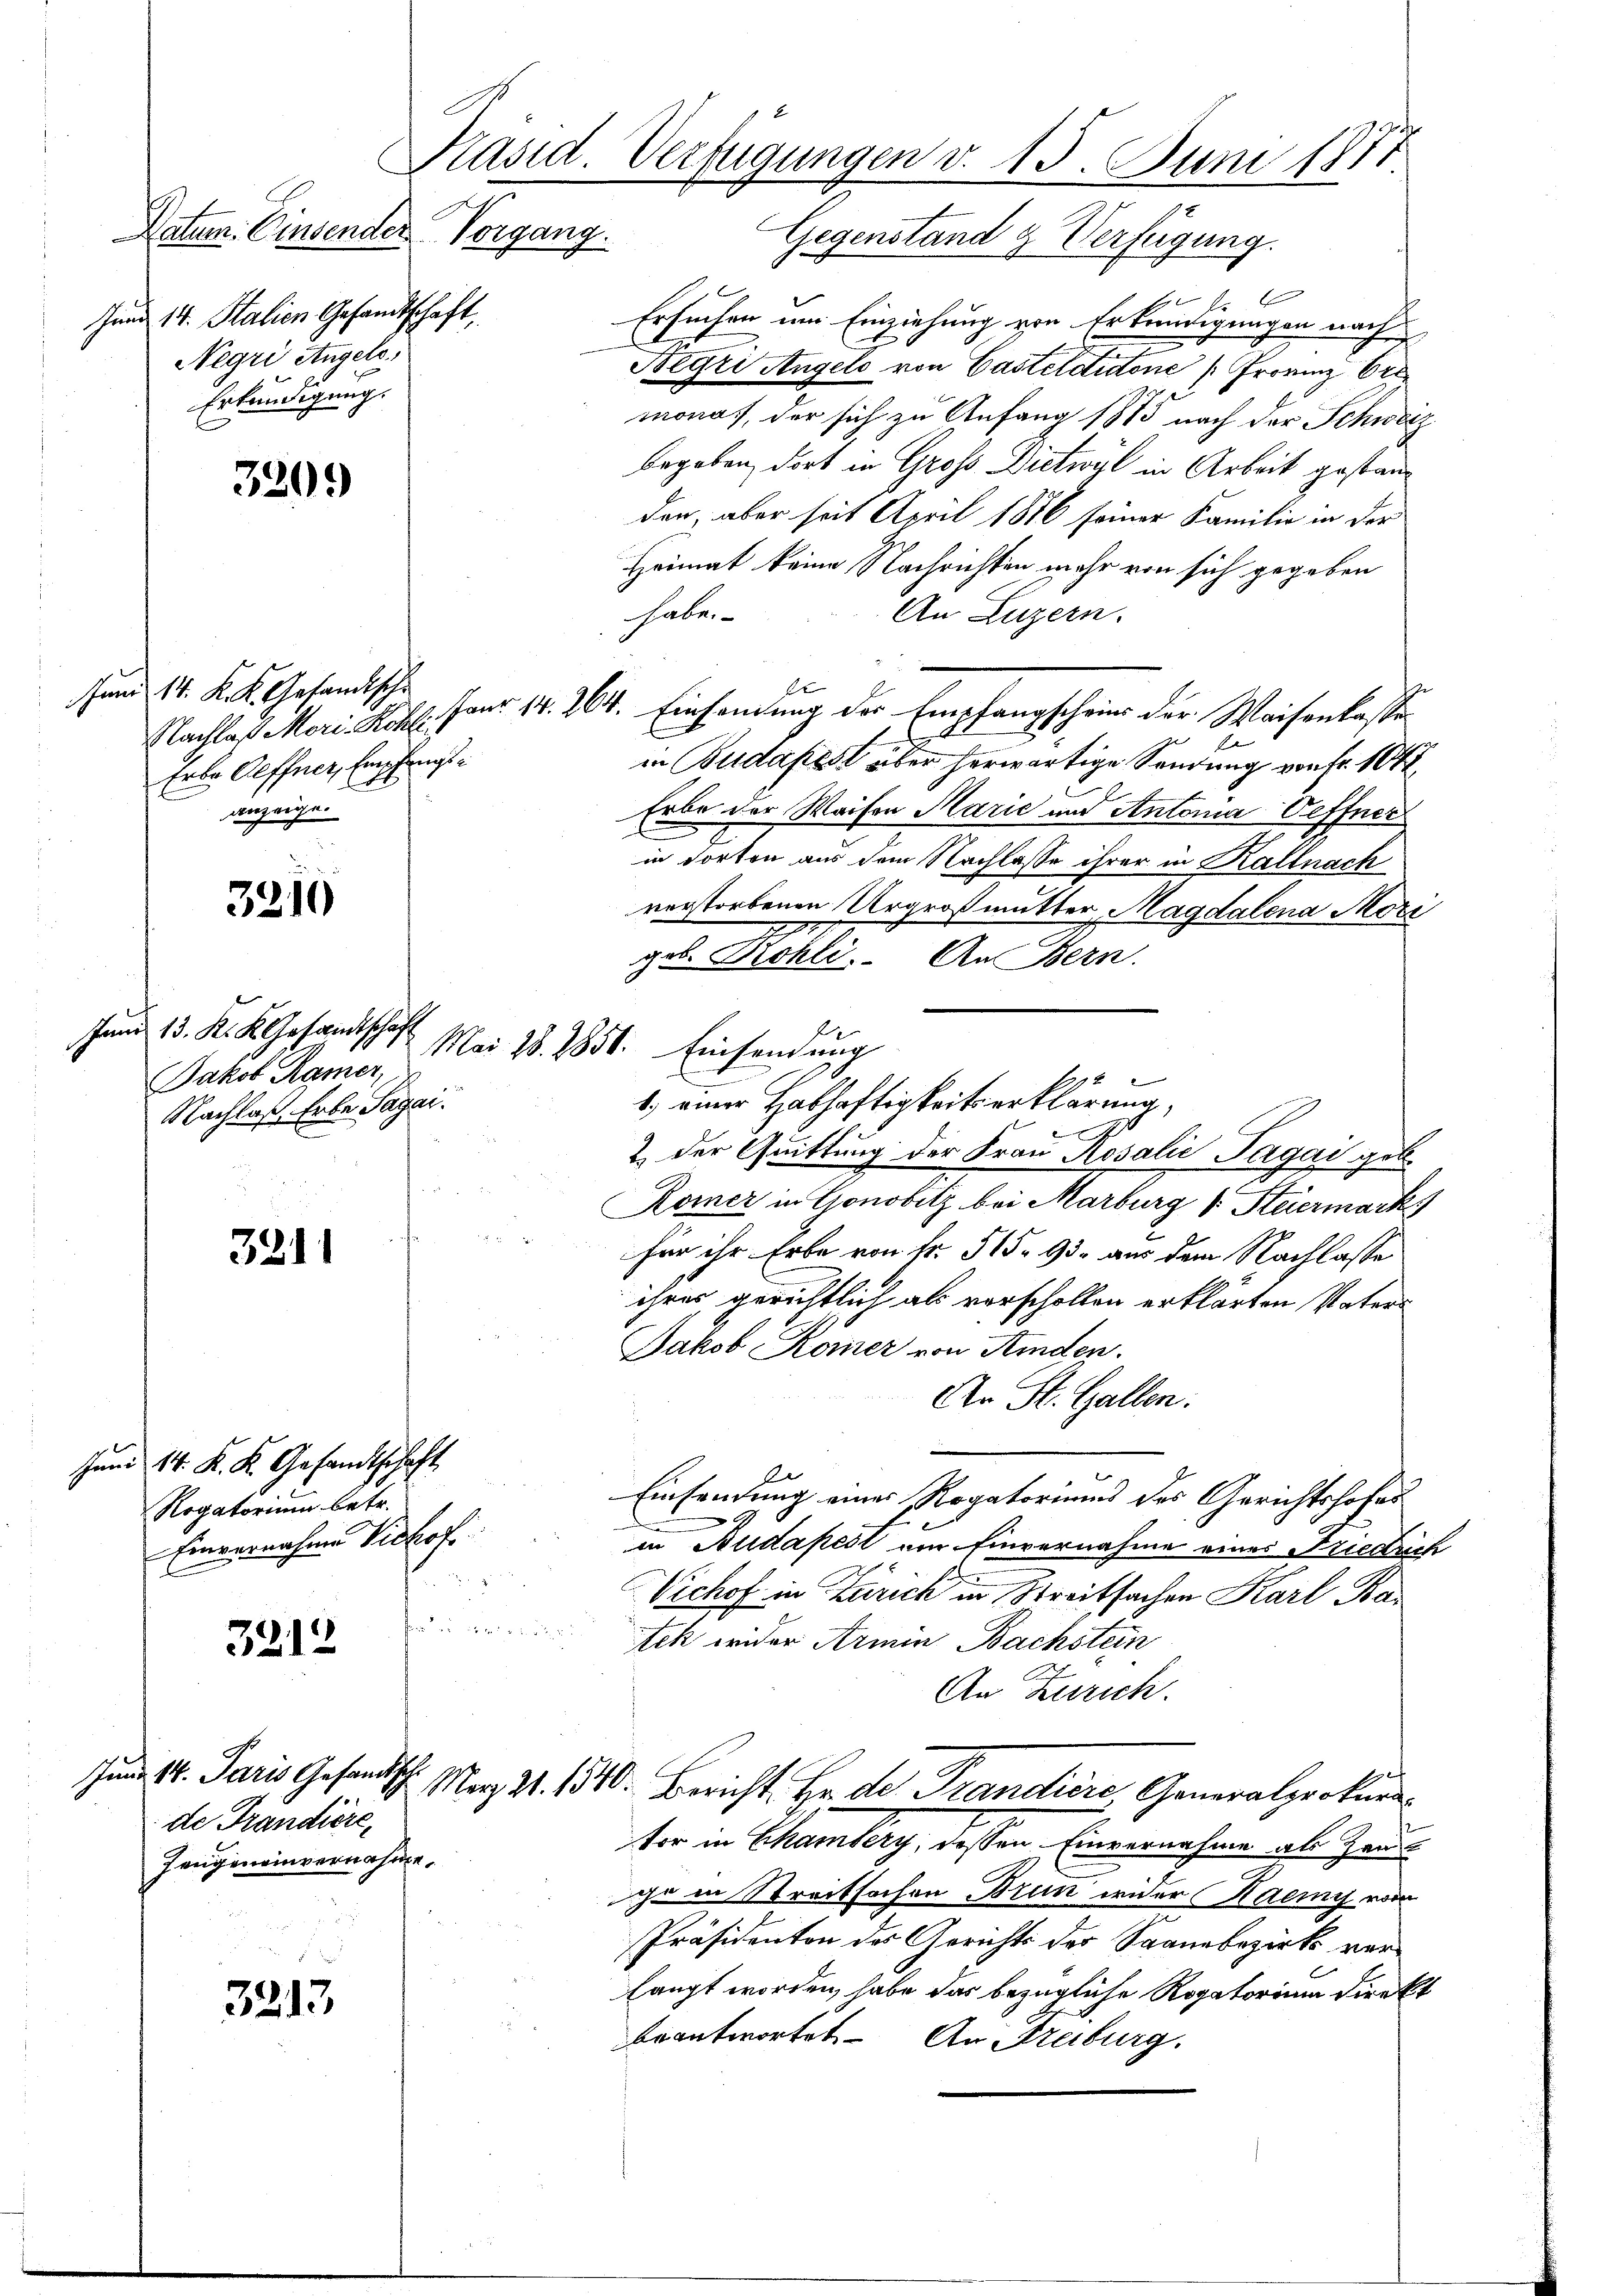
Datum. Einsender Vorgang.
Jund 14. Stalien Gesandtschaft,
Negri Angels,
Erkundigung.

un 14. K. K. Gesandische
Erbe Oeffner, Empfangsanzeige.

3209

3210

Juni 13. K. K. Gesandtschaf
Jakob Ramer,
Nachlaß habe Tagai.

3211

Jund 14. K. K. Gesandtschaft
Rogatorium betr.
Einvernahme Sichof

3212

Jun 14. Paris Gesandtsch
de Frandiere,
Zeugeneinvernahme.

3213

Präsid. Verfügungen v. 15. Juni 1877
Gegenstand & Verfügung.

.
Ersuchen um Einziehung von Erkundigungen nach
Begri Angelo von Castelditone (Frovinz Cre
monat, der sich zu Anfang 1875 nach der Schweiz
begeben, dort in Gross Dietwyl in Arbeit gestanden, aber seit April 1886 seiner Familie in der
Heimat keine Nachrichten mehr von sich gegeben
habe.
An Luzern.
Er
Nachlaß Mori Röhl. Four 14. 264. Einsamung der Empfangscheins der Waisenkassein Budapest über herwärtige Sendung von Fr. 104
Erbe der Waisen Marić und Antonia Oeffner
in dorten aus dem Nachlasse ihrer in Kaltnach
vorstorbenen Urgroßmutter, Magdalena Mori
27
gel. Kohli. An Bern.
s
be
2 der Quittung der Frau Rosalie Tagai geb.
Römer in Gonobitz bei Marburg v. Steiermark
für ihr Erbe von fr. 515. 95. aus dem Nachlasse
ihres gerichtlich als vorschollen erklärten Vaters
Jakob Kamer von Kinden.
An St. Gallen.
e
Einsendung eines Rogatoriums des Gerichtshofes
in Budapest von Einvernahme eines Friedrich
Vichof in Zürich in Streitsachen Karl Bar
hren der
Ich wider Armin Bachstein
An Zürich.
Mag. 21. 1540. Bericht. Er de Frandiere, Generalprokur
ter in Chamberg, dessen Einvernahme ab Zeu
ihr in Streitsachen Brun wider Haenny von
Präsidenten des Gerichts der Saanebezirks vor
langt worden, habe das bezügliche Rogatorium direkt
beantwortet. An Streiburg.

Mai 28. 1856. Einsendung

4
1.) einer Habhaftigkeits erklärung,